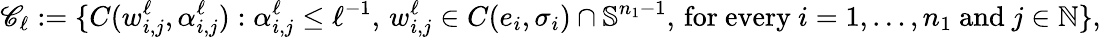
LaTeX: \mathscr{C}_{\ell}:=\{ C(w_{i,j}^{\ell},\alpha_{i,j}^{\ell}):\alpha_{i,j}^{\ell}\leq\ell^{-1},\, w_{i,j}^{\ell}\in C(e_{i},\sigma_{i})\cap\mathbb{S}^{n_{1}-1},\, \mathrm{for~every~}i=1,\ldots,n_{1}\mathrm{~and~}j\in\mathbb{N}\} ,